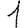
Digit: 1